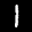
Label: 1